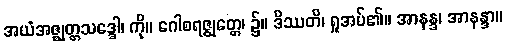
အယံအဇ္ဈတ္တသဒ္ဒေါ၊ ကို။ ဂေါစရဇ္ဈတ္တေ၊ ၌။ ဒိဿတိ၊ ရှုအပ်၏။ အာနန္ဒ၊ အာနန္ဒာ။